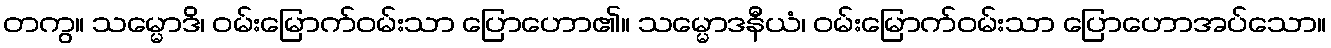
တကွ။ သမ္မောဒိ၊ ဝမ်းမြောက်ဝမ်းသာ ပြောဟော၏။ သမ္မောဒနီယံ၊ ဝမ်းမြောက်ဝမ်းသာ ပြောဟောအပ်သော။